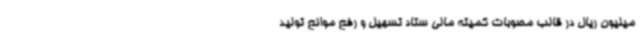
میلیون ریال در قالب مصوبات کمیته مالی ستاد تسهیل و رفع موانع تولید